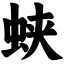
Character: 蛱